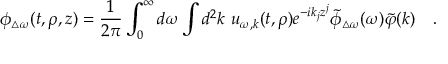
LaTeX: \phi _ { \triangle \omega } ( t , \rho , z ) = { \frac { 1 } { 2 \pi } } \int _ { 0 } ^ { \infty } d \omega \int d ^ { 2 } k ~ u _ { \omega , k } ( t , \rho ) e ^ { - i k _ { j } z ^ { j } } \tilde { \phi } _ { \triangle \omega } ( \omega ) \tilde { \varphi } ( k ) ~ ~ ~ .